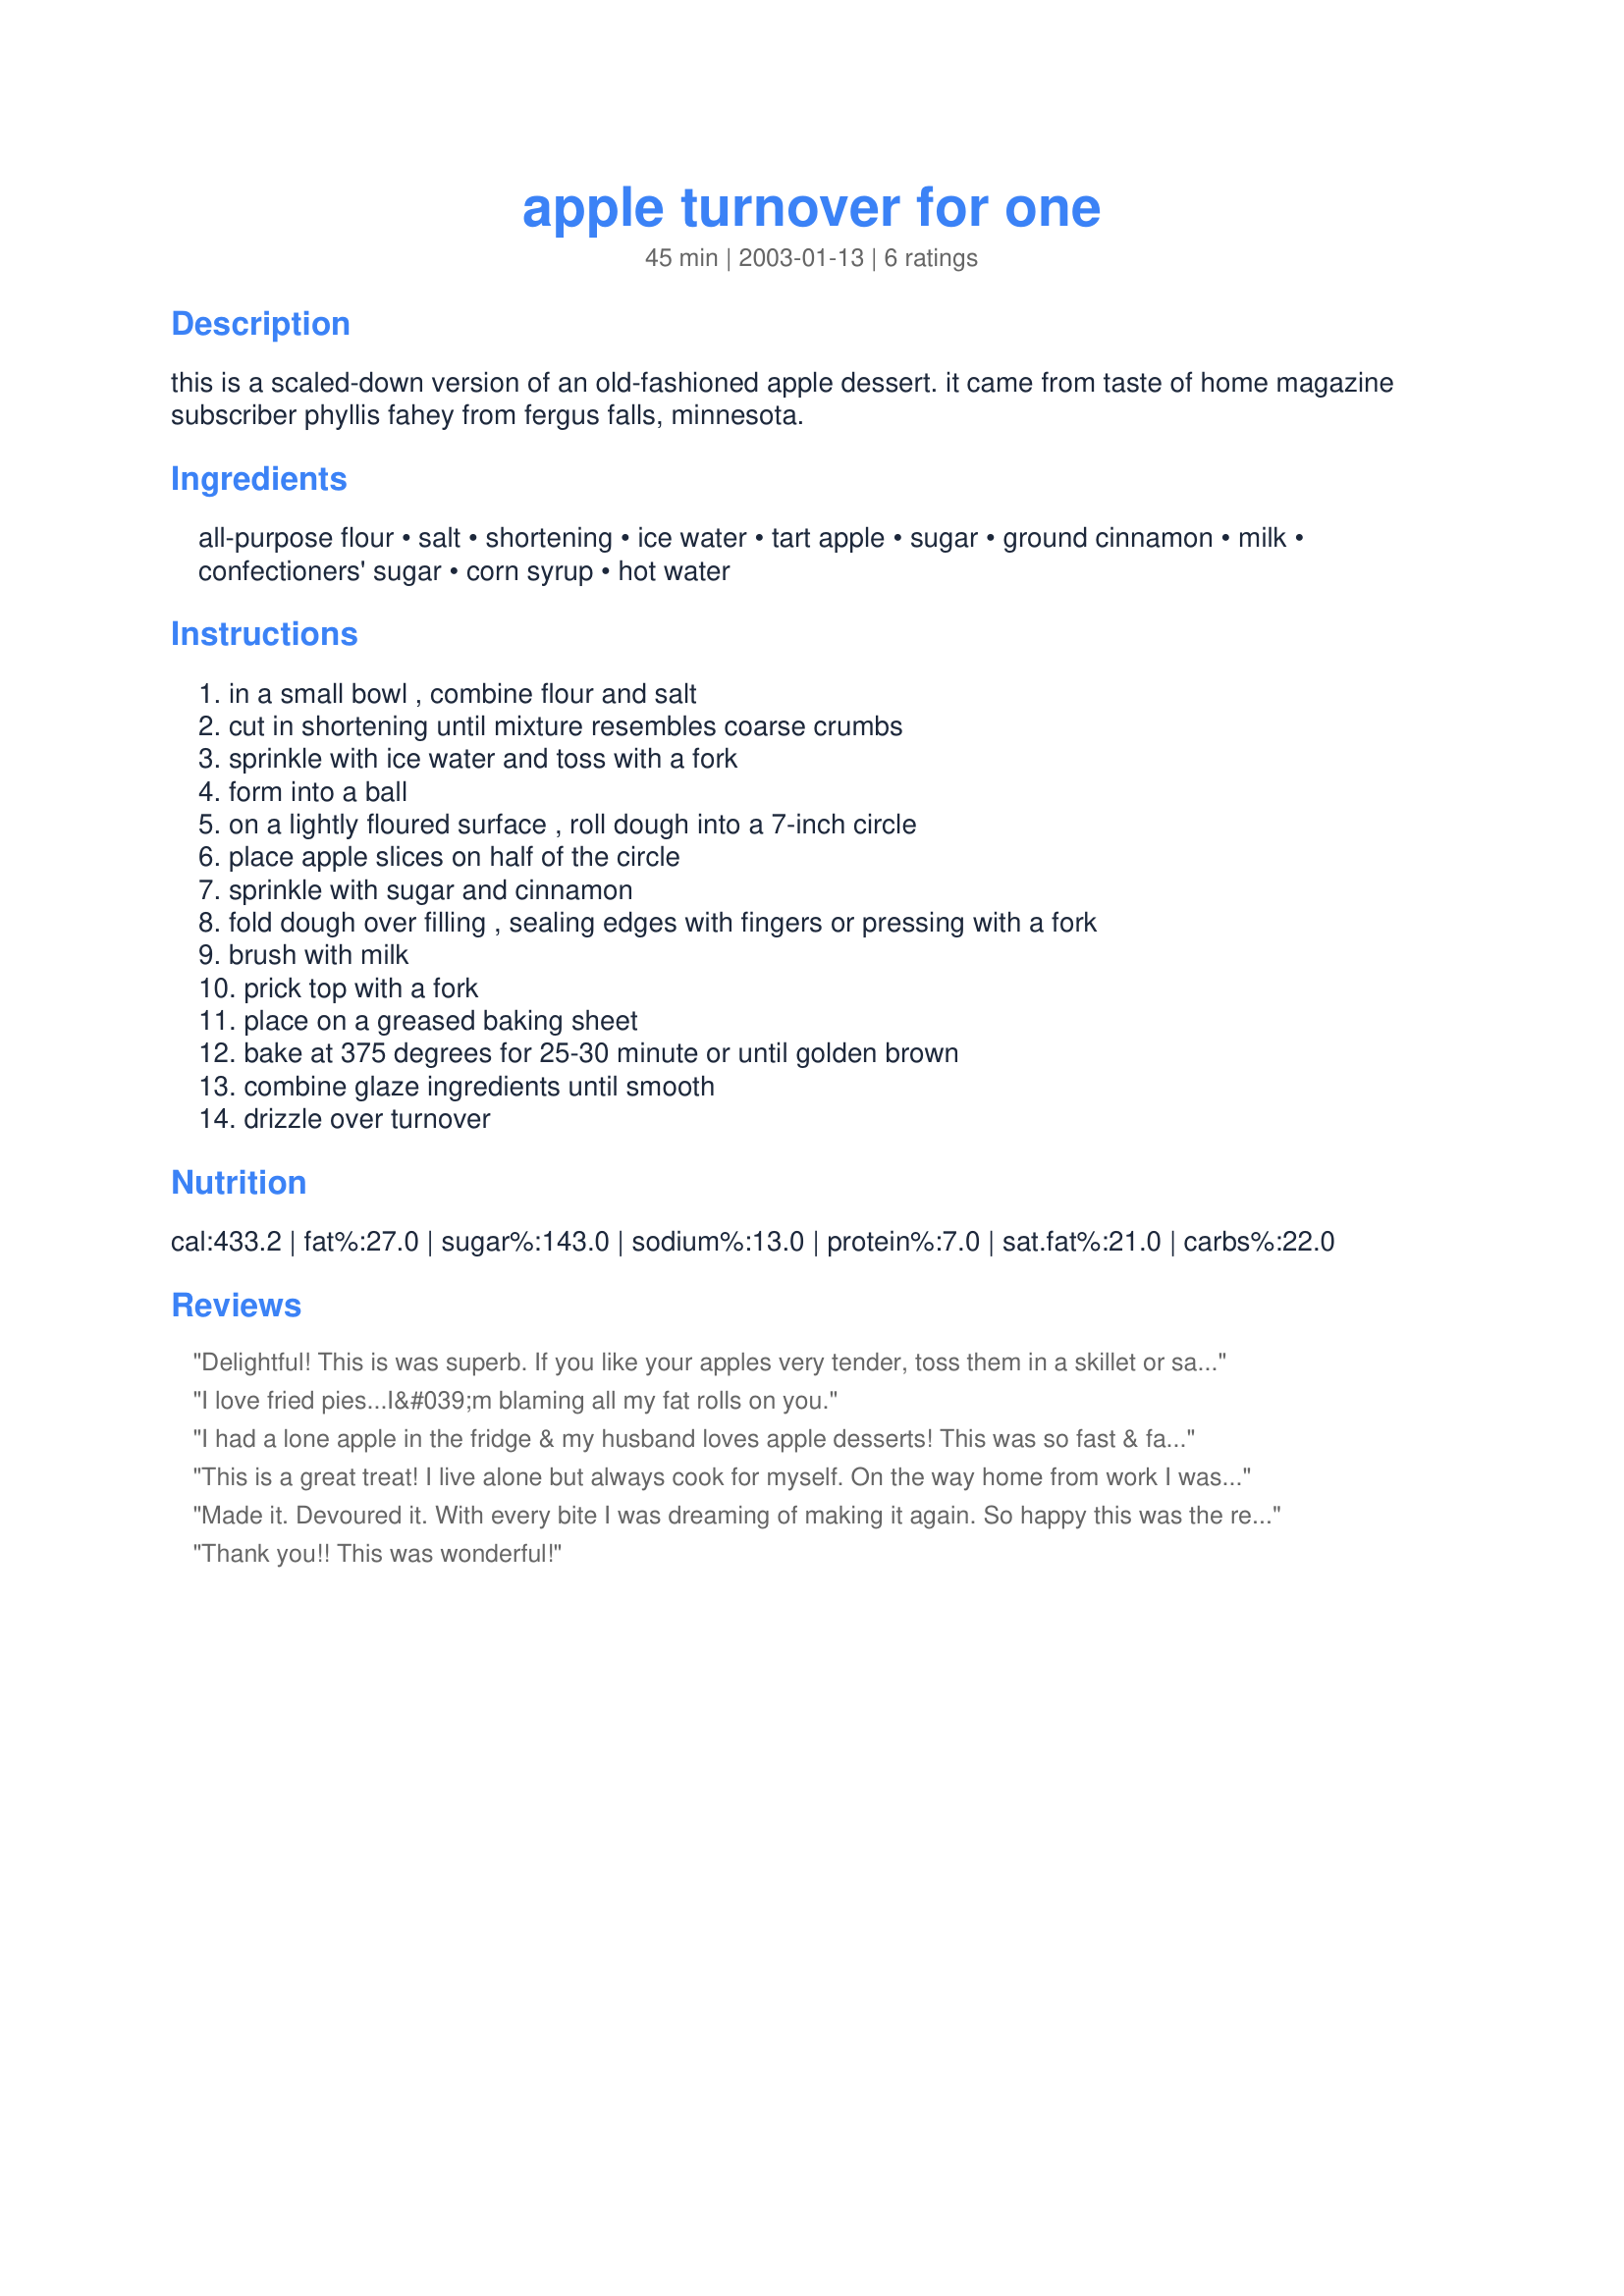
apple turnover for one
Preparation time: 45 minutes

this is a scaled-down version of an old-fashioned apple dessert. it came from taste of home magazine subscriber phyllis fahey from fergus falls, minnesota.

Ingredients:
all-purpose flour, salt, shortening, ice water, tart apple, sugar, ground cinnamon, milk, confectioners' sugar, corn syrup, hot water

Steps:
in a small bowl , combine flour and salt, cut in shortening until mixture resembles coarse crumbs, sprinkle with ice water and toss with a fork, form into a ball, on a lightly floured surface , roll dough into a 7-inch circle, place apple slices on half of the circle, sprinkle with sugar and cinnamon, fold dough over filling , sealing edges with fingers or pressing with a fork, brush with milk, prick top with a fork, place on a greased baking sheet, bake at 375 degrees for 25-30 minute or until golden brown, combine glaze ingredients until smooth, drizzle over turnover

Reviews:
Delightful! This is was superb. If you like your apples very tender, toss them in a skillet or saucepan with one tablespoon of butter and the teaspoon of sugar over medium heat for ten minutes while your oven preheats. Pour one tablespoon of water into your apples and remove from heat. Let the apples cool a bit before filling the turnover.
I love fried pies...I&#039;m blaming all my fat rolls on you.
I had a lone apple in the fridge & my husband loves apple desserts! This was so fast & fairly simple. I used butter for shortening & the dough was very easy to work with. I should have sliced the apple a lot thinner; the filling kept spilling out & I had a few slices leftover. Baking time was 30 min & the glaze was wonderful--used honey for the corn syrup since I had none. I hope to make this for him again; is so much easier than making a whole apple pie!! Thanks for sharing!
This is a great treat! I live alone but always cook for myself. On the way home from work I was thinking about an apple turnover - knew I had one good apple left and went searching for a recipe. This was great - crust was flakey - inside great - made the place smell great too. Thanks for the recipe.
Made it. Devoured it. With every bite I was dreaming of making it again. So happy this was the recipe I followed!
Thank you!! This was wonderful!
